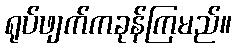
ရုပ်ဖျက်ကခုန်ကြမည်။